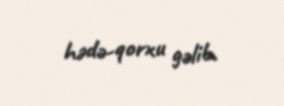
hədə-qorxu gəlib.